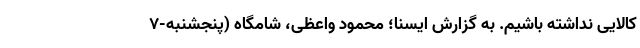
کالایی نداشته باشیم. به گزارش ایسنا؛ محمود واعظی، شامگاه (پنجشنبه-۷